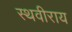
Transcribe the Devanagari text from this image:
स्थवीराय